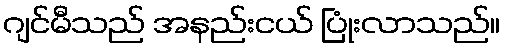
ဂျင်မီသည် အနည်းငယ် ပြုံးလာသည်။